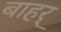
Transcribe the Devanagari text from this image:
बाहर्